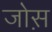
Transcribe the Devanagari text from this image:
जोस़